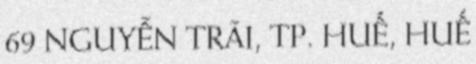
69 NGUYỄN TRÃI, TP. HUẾ, HUẾ